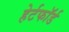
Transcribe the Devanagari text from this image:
हेर्टफाॅर्ड